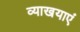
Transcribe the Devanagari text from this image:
व्याखयाएं